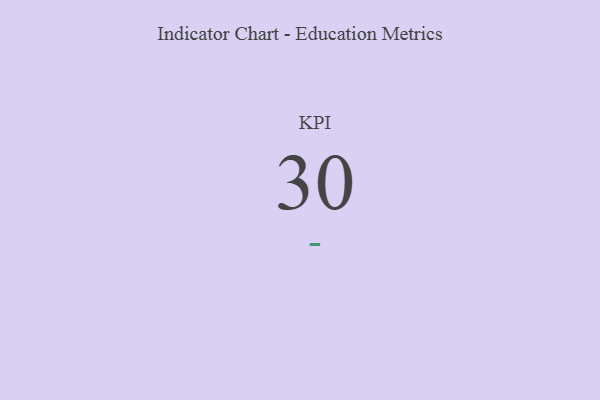
{"axis": {"x": "KPI", "y": "Value"}, "legend": [""], "data": [{"x": "KPI", "y": 30, "type": ""}]}